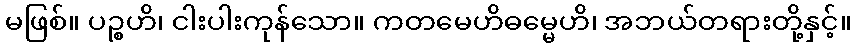
မဖြစ်။ ပဉ္စဟိ၊ ငါးပါးကုန်သော။ ကတမေဟိဓမ္မေဟိ၊ အဘယ်တရားတို့နှင့်။